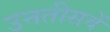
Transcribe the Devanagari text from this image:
उनतीसवें